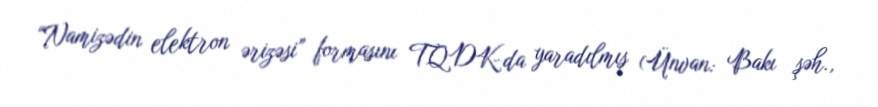
“Namizədin elektron ərizəsi” formasını TQDK-da yaradılmış (Ünvan: Bakı şəh.,